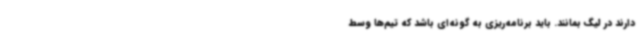
دارند در لیگ بمانند. باید برنامه‌ریزی به گونه‌ای باشد که تیم‌ها وسط